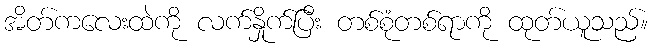
အိတ်ကလေးထဲကို လက်နှိုက်ပြီး တစ်စုံတစ်ရာကို ထုတ်ယူသည်။